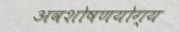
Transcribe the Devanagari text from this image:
अवशोषणयोग्य